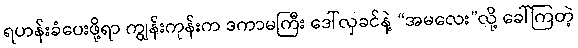
ရဟန်းခံပေးဖို့ရာ ကျွန်းကုန်းက ဒကာမကြီး ဒေါ်လှခင်နဲ့ “အမလေး”လို့ ခေါ်ကြတဲ့